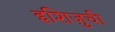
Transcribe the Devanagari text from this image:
इशिज़ुची